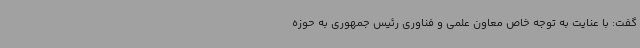
گفت: با عنایت به توجه خاص معاون علمی و فناوری رئیس جمهوری به حوزه